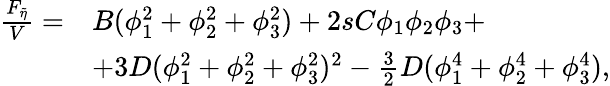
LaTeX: \begin{array}{rl}{\frac{F_{\widetilde{\eta}}}{V}=}&{B(\phi_{1}^{2}+\phi_{2}^{2}+\phi_{3}^{2})+2sC\phi_{1}\phi_{2}\phi_{3}+}\\ &{+3D(\phi_{1}^{2}+\phi_{2}^{2}+\phi_{3}^{2})^{2}-\frac{3}{2}D(\phi_{1}^{4}+\phi_{2}^{4}+\phi_{3}^{4}),}\end{array}